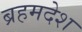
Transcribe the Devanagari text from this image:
ब्रहमदेश